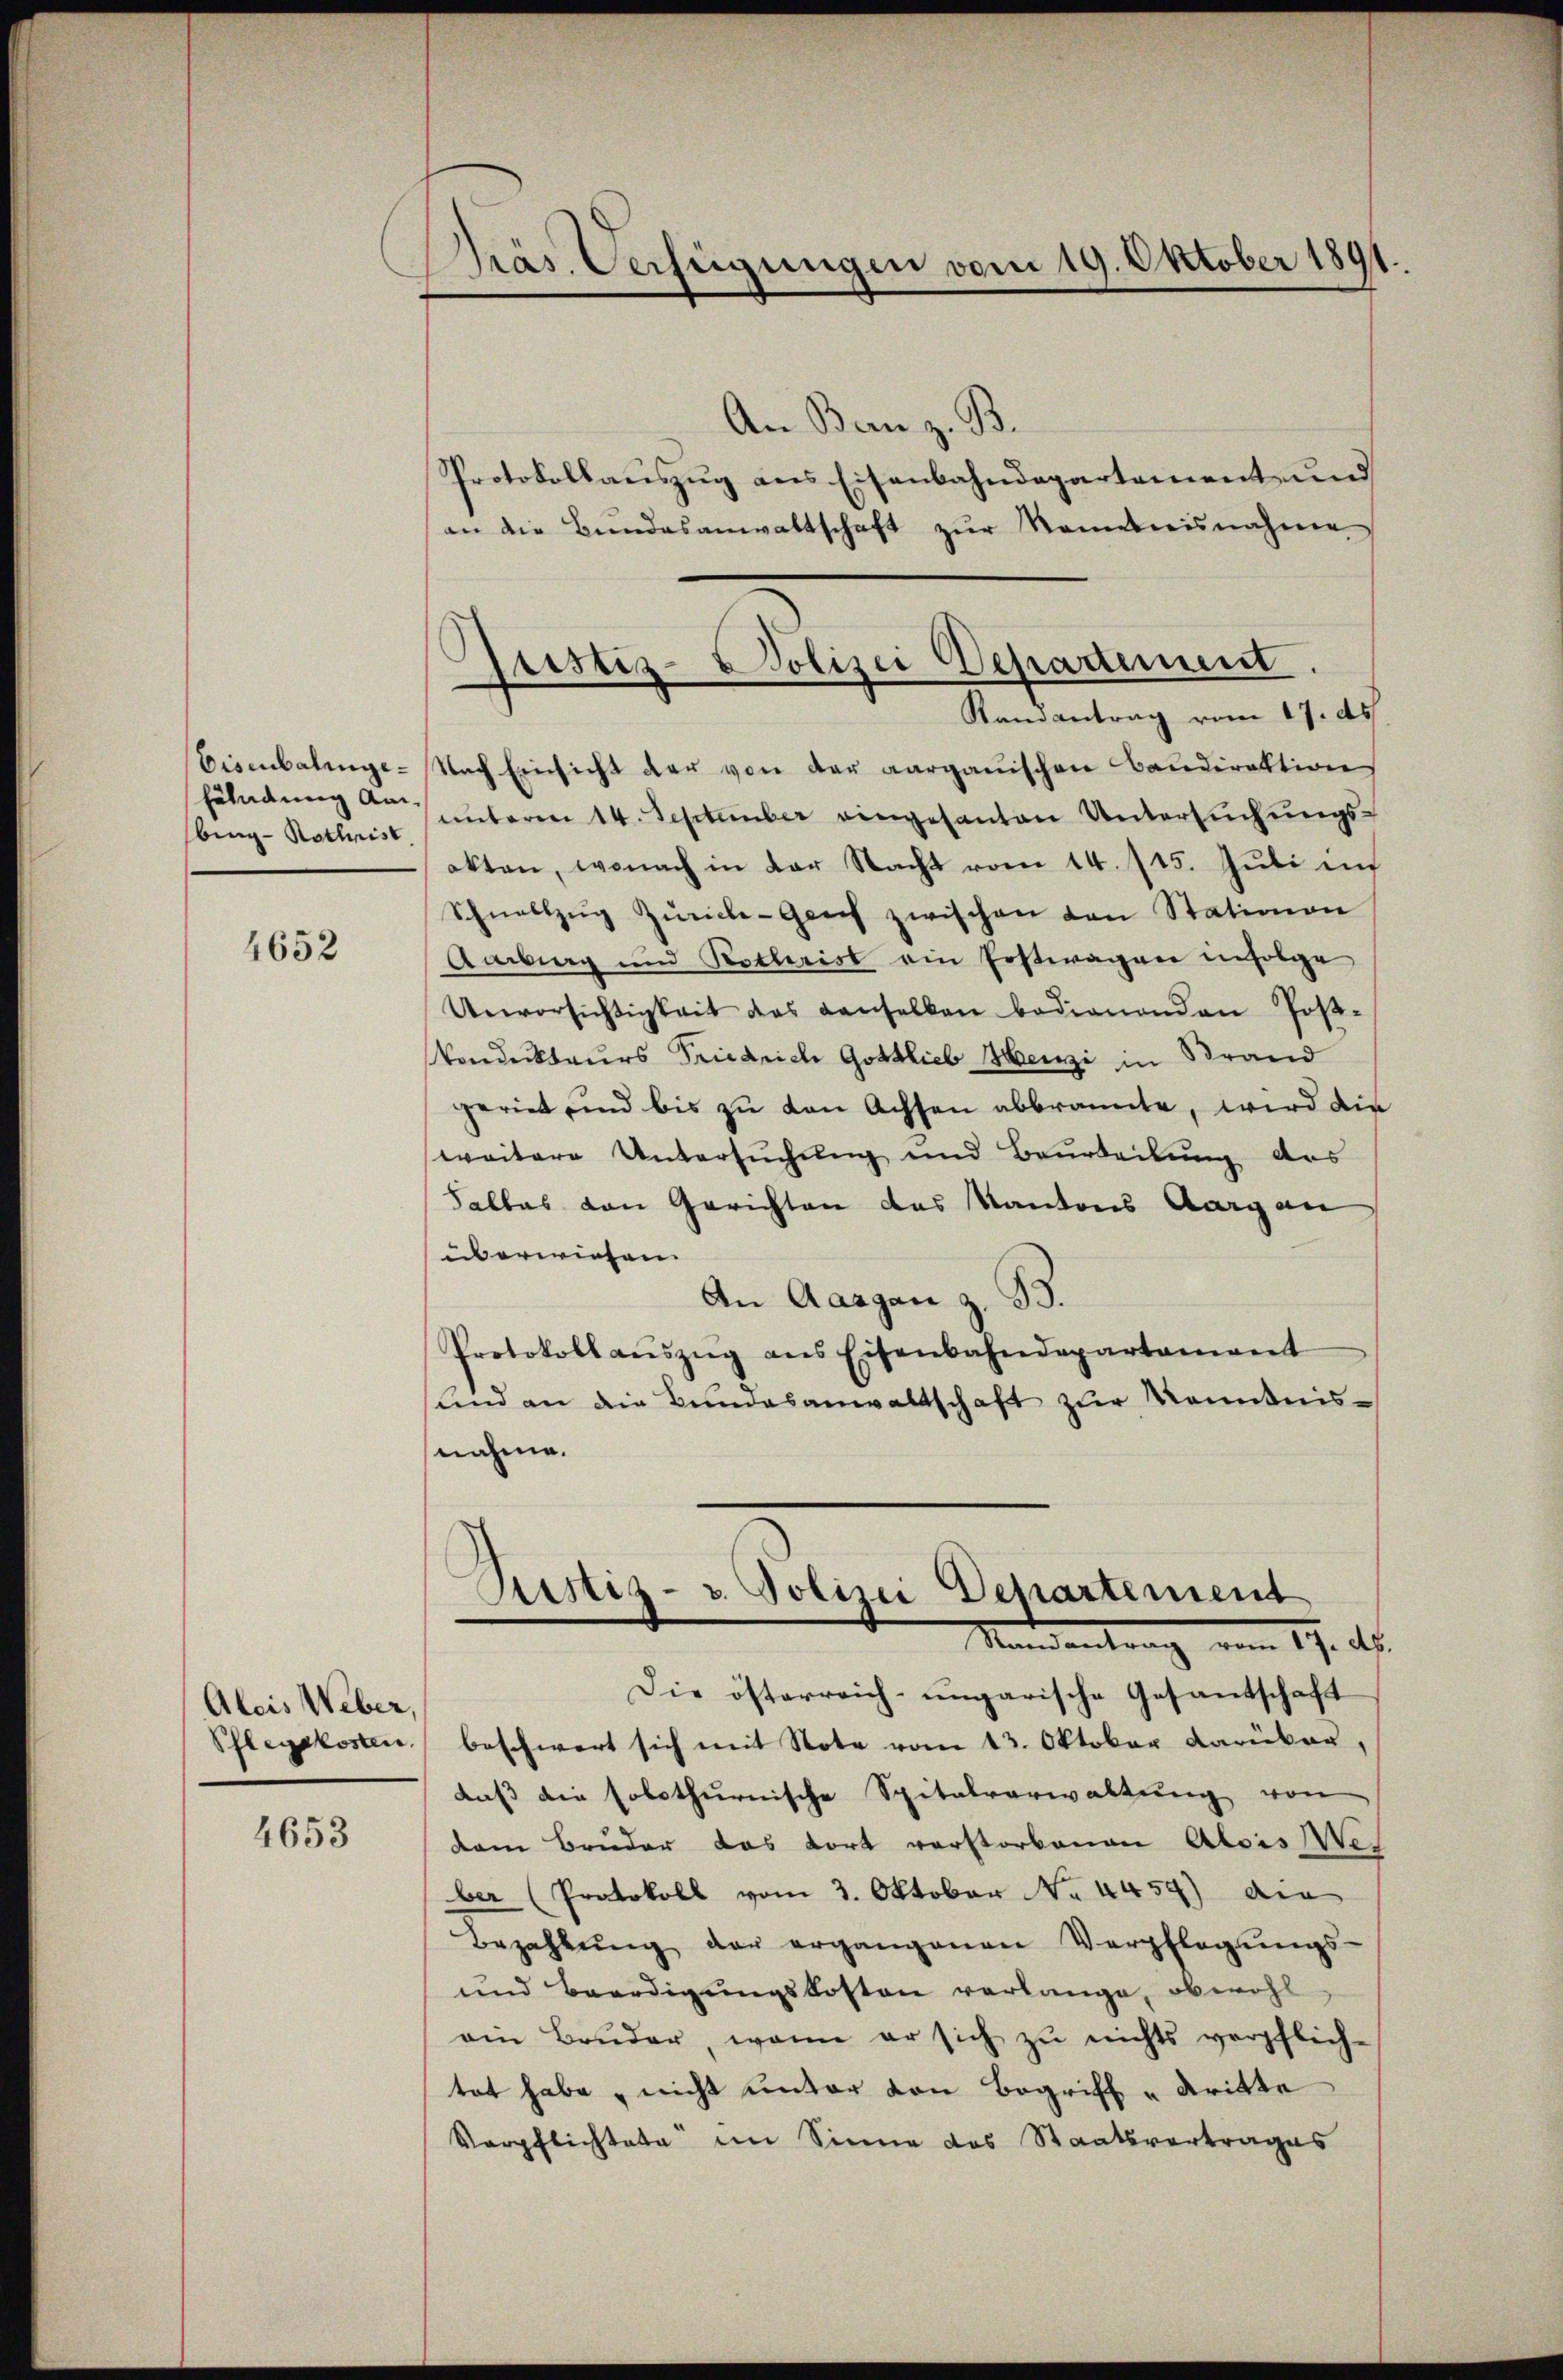
Eisenbalinge¬
Föhndung Anbing Rothrist

4652

Aleis Weber,
Pflegekosten,

4653

Präs. Verfügungen vom 19. Oktober 1891.

Justiz-Polizei Departement

An Bern z. B.
Protokollauszug aus Eisenbahndepartement und
an die Bŭndesanwaltschaft zŭr Nominisnahme
Randantrag vom 17. ds.
Nach Einsicht der von der aargauischen Baudirektion
unterm 14. September eingesanten Untersŭchŭngs-
akten, wonach in der Nacht vom 14. 115. Juli in
Schnellzŭg Zürich-Geich zwischen von Stationen
Aarburg und Nothrist ein Erstwagen infolge
Unvorsichtigkeit des anselben bedienenden Post-
Vondukteurs Friedrich Gottlieb Henzi in Brand
geriet und bis zu den Achsen abbrannte, wird die
weitere Untersuchung und Beurteilung des
Falles von Gerichten das Kantons Aargau
überwiesen.
An Aargau z. B.
Protokoll aŭszŭg ans Eisenbahndepartament
Kind an die Bundesanwaltschaft zur Kenntnis-
nahme.

Justiz- v. Polizei Departement
Mandantrag vom 17. ds.

Die österreich-ungarische Gesandschaft
beschwert sich mit Note vom 13. Oktober darüber,
daβ die solothurnische Spitalverwaltŭng von
dem Bruder das fort verstorbenen Alois Wes
ber (Protokoll vom 3. Oktober No 4459) die
Bezahlŭng der ergangenen Verpflegŭngs-
und Beerdigŭngskosten verlange, obwohl
am Bruder, wenn er sich zŭ nichts verpflich-
tet habe, nicht unter von Begriff u dritte
Verpflichtete im Sinne das Staatsvertrages